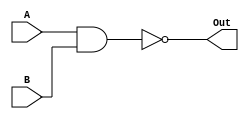
		//NAND gate
module NAND_gate(A, B, Out); 
  input [31:0] A;
  input [31:0] B;
  output [31:0] Out;
  assign Out = ~(A & B);
endmodule